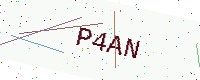
Text: P4AN